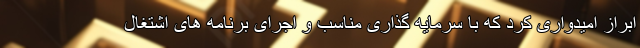
ابراز امیدواری کرد که با سرمایه گذاری مناسب و اجرای برنامه های اشتغال